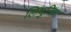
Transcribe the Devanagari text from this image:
लिथुनिया